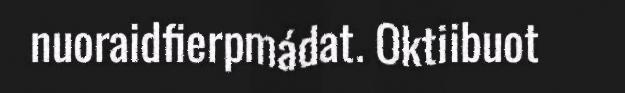
nuoraidfierpmádat. Oktiibuot